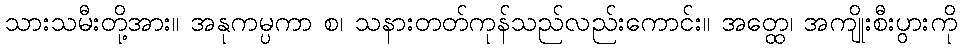
သားသမီးတို့အား။ အနုကမ္ပကာ စ၊ သနားတတ်ကုန်သည်လည်းကောင်း။ အတ္ထေ၊ အကျိုးစီးပွားကို